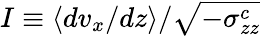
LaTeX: I\equiv\langle dv_{x}/dz\rangle/\sqrt{-\sigma_{zz}^{c}}